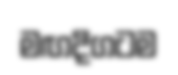
මඟදිගටම